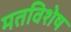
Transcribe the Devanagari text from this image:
मतविशेष